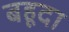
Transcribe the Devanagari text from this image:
बहूदा